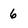
Character: 6